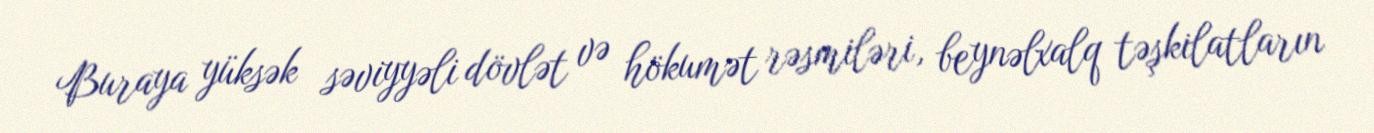
Buraya yüksək səviyyəli dövlət və hökumət rəsmiləri, beynəlxalq təşkilatların